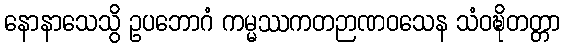
နောနာသေသွိ ဥပဘောဂံ ကမ္မဿကတဉာဏဝသေန သံဝဍ္ဎိတတ္တာ